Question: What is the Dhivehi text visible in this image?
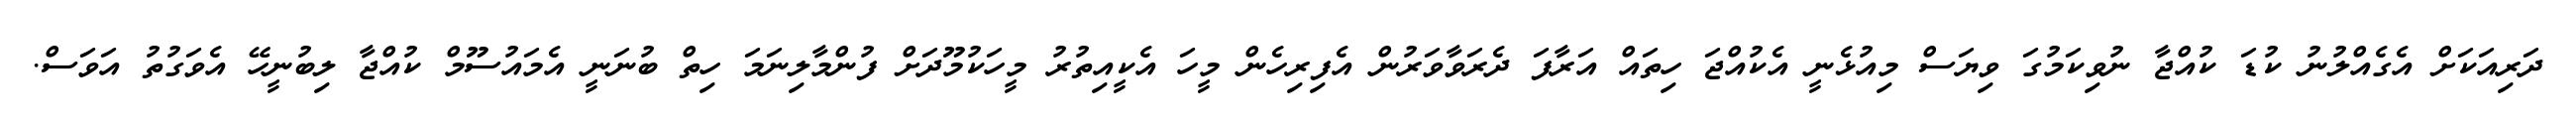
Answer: ދަރިއަކަށް އެގެއްލުނު ކުޑަ ކުއްޖާ ނުވިކަމުގަ ވިޔަސް މިއުޅެނީ އެކުއްޖަ ހިތައް އަރާފަ ދެރަވާވަރުން އެފިރިހެން މީހަ އެކީއިތުރު މީހަކުމޫދަށް ފުންމާލިނަމަ ހިތް ބުނަނީ އެމައުސޫމް ކުއްޖާ ލިބުނީހޭ އެވަގުތު އަވަސް.